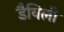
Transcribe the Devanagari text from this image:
डैविली